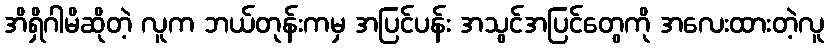
အိရှိဂါမိဆိုတဲ့ လူက ဘယ်တုန်းကမှ အပြင်ပန်း အသွင်အပြင်တွေကို အလေးထားတဲ့လူ